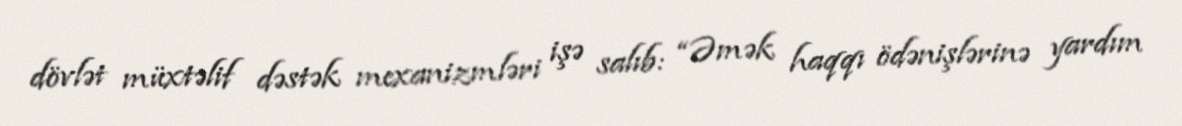
dövlət müxtəlif dəstək mexanizmləri işə salıb: “Əmək haqqı ödənişlərinə yardım